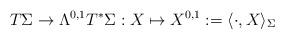
LaTeX: \begin{align*}T\Sigma \to \Lambda^{0,1}T^*\Sigma : X \mapsto X^{0,1} := \langle \cdot,X \rangle_\Sigma\end{align*}